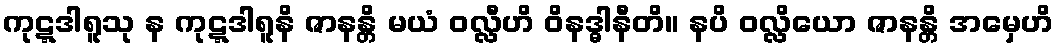
ကုဋ္ဋဒါရူသု န ကုဋ္ဋဒါရူနိ ဇာနန္တိ မယံ ဝလ္လီဟိ ဝိနဒ္ဓါနီတိ။ နပိ ဝလ္လိယော ဇာနန္တိ အမှေဟိ